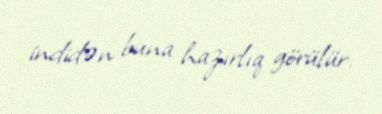
indidən buna hazırlıq görülür.